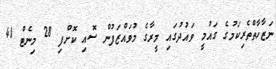
ނަޒާހާތްތެރިކަމުގެ ގައުމީ ވައުދުގައި މީރާގެ މުވައްޒަފުން ސޮއި ކޮށްފި 28 މިނެޓް 41